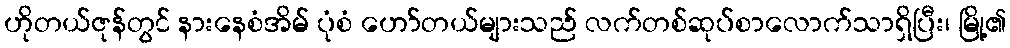
ဟိုတယ်ဇုန်တွင် နားနေစံအိမ် ပုံစံ ဟော်တယ်များသည် လက်တစ်ဆုပ်စာလောက်သာရှိပြီး၊ မြို့၏